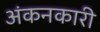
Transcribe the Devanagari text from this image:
अंकनकारी